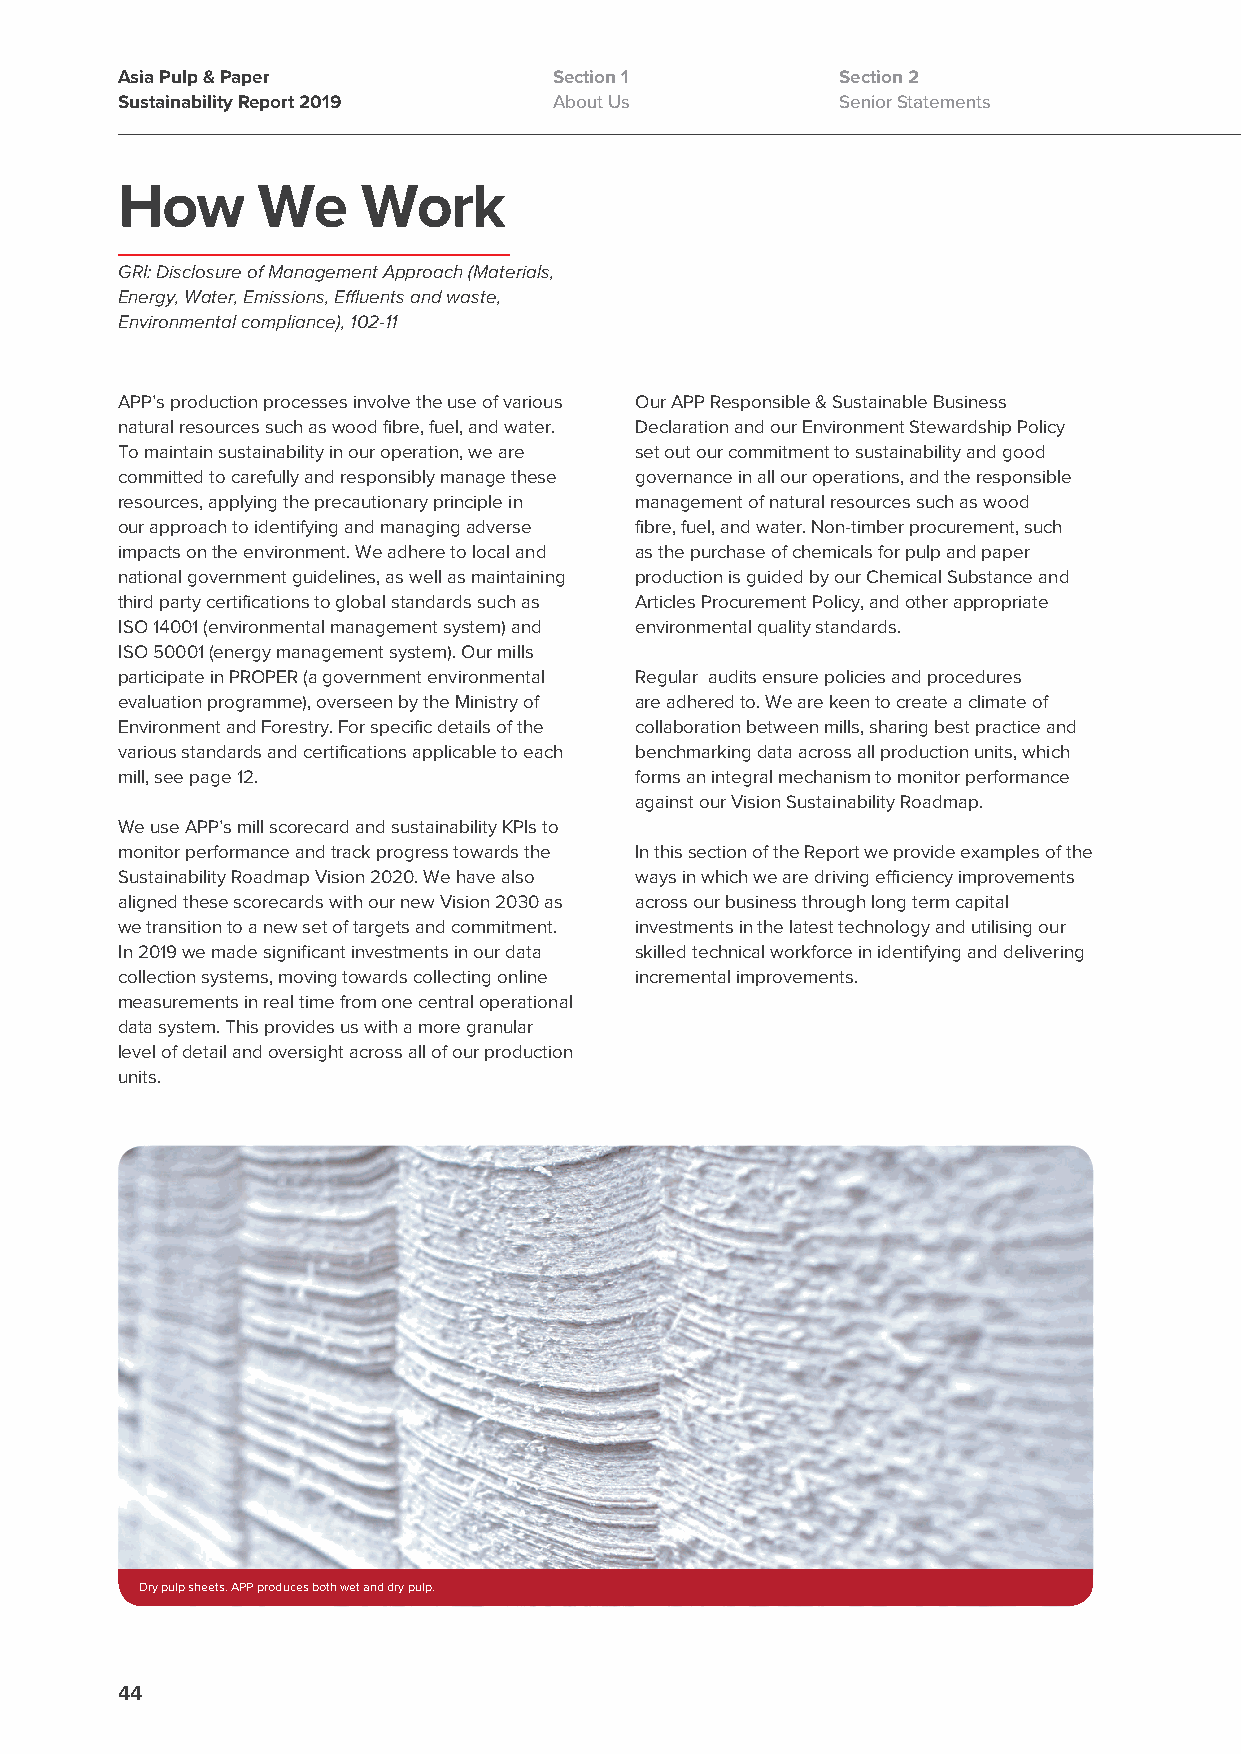
Asia Pulp & Paper            Section 1          Section 2
 Sustainability Report 2019   About Us           Senior Statements
 How      We     Work
 GRI: Disclosure of Management Approach (Materials,
 Energy, Water, Emissions, Effluents and waste,
 Environmental compliance), 102-11
 APP’s production processes involve the use of various Our APP Responsible & Sustainable Business
 natural resources such as wood fibre, fuel, and water. Declaration and our Environment Stewardship Policy
 To maintain sustainability in our operation, we are set out our commitment to sustainability and good
 committed to carefully and responsibly manage these governance in all our operations, and the responsible
 resources, applying the precautionary principle in management of natural resources such as wood
 our approach to identifying and managing adverse fibre, fuel, and water. Non-timber procurement, such
 impacts on the environment. We adhere to local and as the purchase of chemicals for pulp and paper
 national government guidelines, as well as maintaining production is guided by our Chemical Substance and
 third party certifications to global standards such as Articles Procurement Policy, and other appropriate
 ISO 14001 (environmental management system) and environmental quality standards.
 ISO 50001 (energy management system). Our mills
 participate in PROPER (a government environmental Regular audits ensure policies and procedures
 evaluation programme), overseen by the Ministry of are adhered to. We are keen to create a climate of
 Environment and Forestry. For specific details of the collaboration between mills, sharing best practice and
 various standards and certifications applicable to each benchmarking data across all production units, which
 mill, see page 12.                forms an integral mechanism to monitor performance
 against our Vision Sustainability Roadmap.
 We use APP’s mill scorecard and sustainability KPIs to
 monitor performance and track progress towards the In this section of the Report we provide examples of the
 Sustainability Roadmap Vision 2020. We have also ways in which we are driving efficiency improvements
 aligned these scorecards with our new Vision 2030 as across our business through long term capital
 we transition to a new set of targets and commitment. investments in the latest technology and utilising our
 In 2019 we made significant investments in our data skilled technical workforce in identifying and delivering
 collection systems, moving towards collecting online incremental improvements.
 measurements in real time from one central operational
 data system. This provides us with a more granular
 level of detail and oversight across all of our production
 units.
 Dry pulp sheets. APP produces both wet and dry pulp.
 44